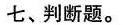
七、判断题。